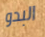
البدو